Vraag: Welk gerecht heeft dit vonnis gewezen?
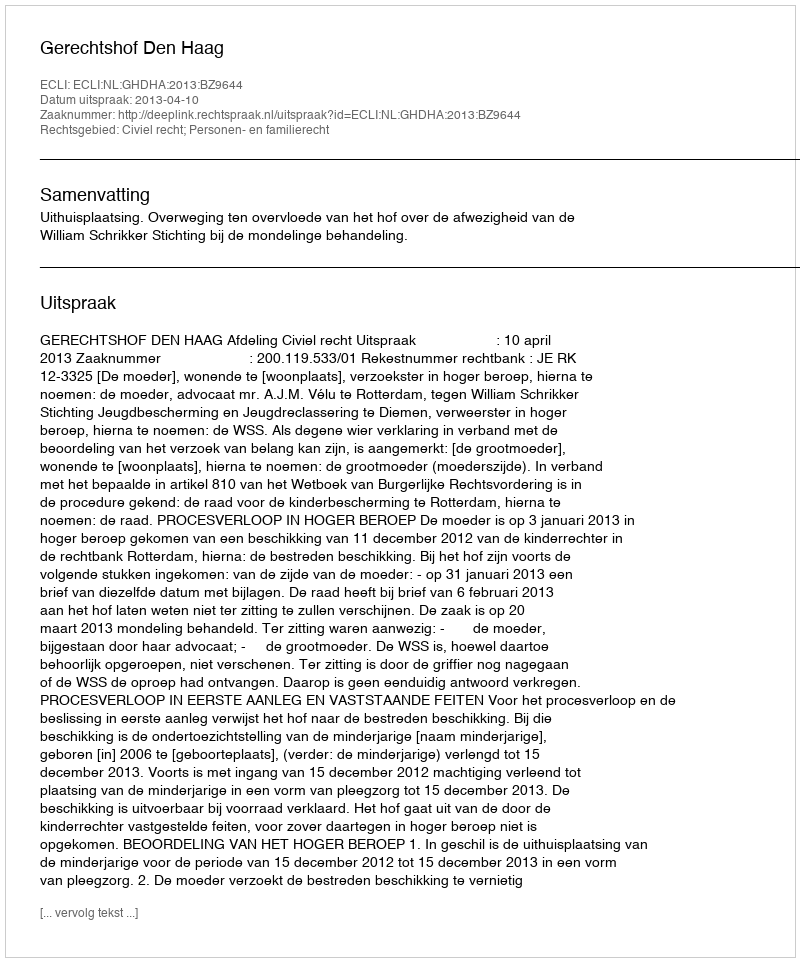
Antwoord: Gerechtshof Den Haag